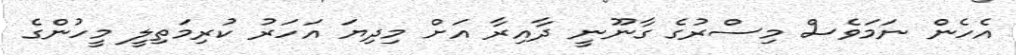
އެހެން ނަމަވެސް މިސްރުގެ ގާނޫނީ ދާއިރާ އަށް މިދިޔަ އަހަރު ކުރިމަތިލީ މީހުންގެ